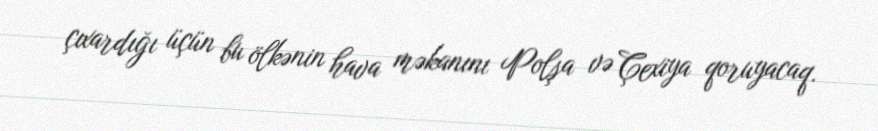
çıxardığı üçün bu ölkənin hava məkanını Polşa və Çexiya qoruyacaq.